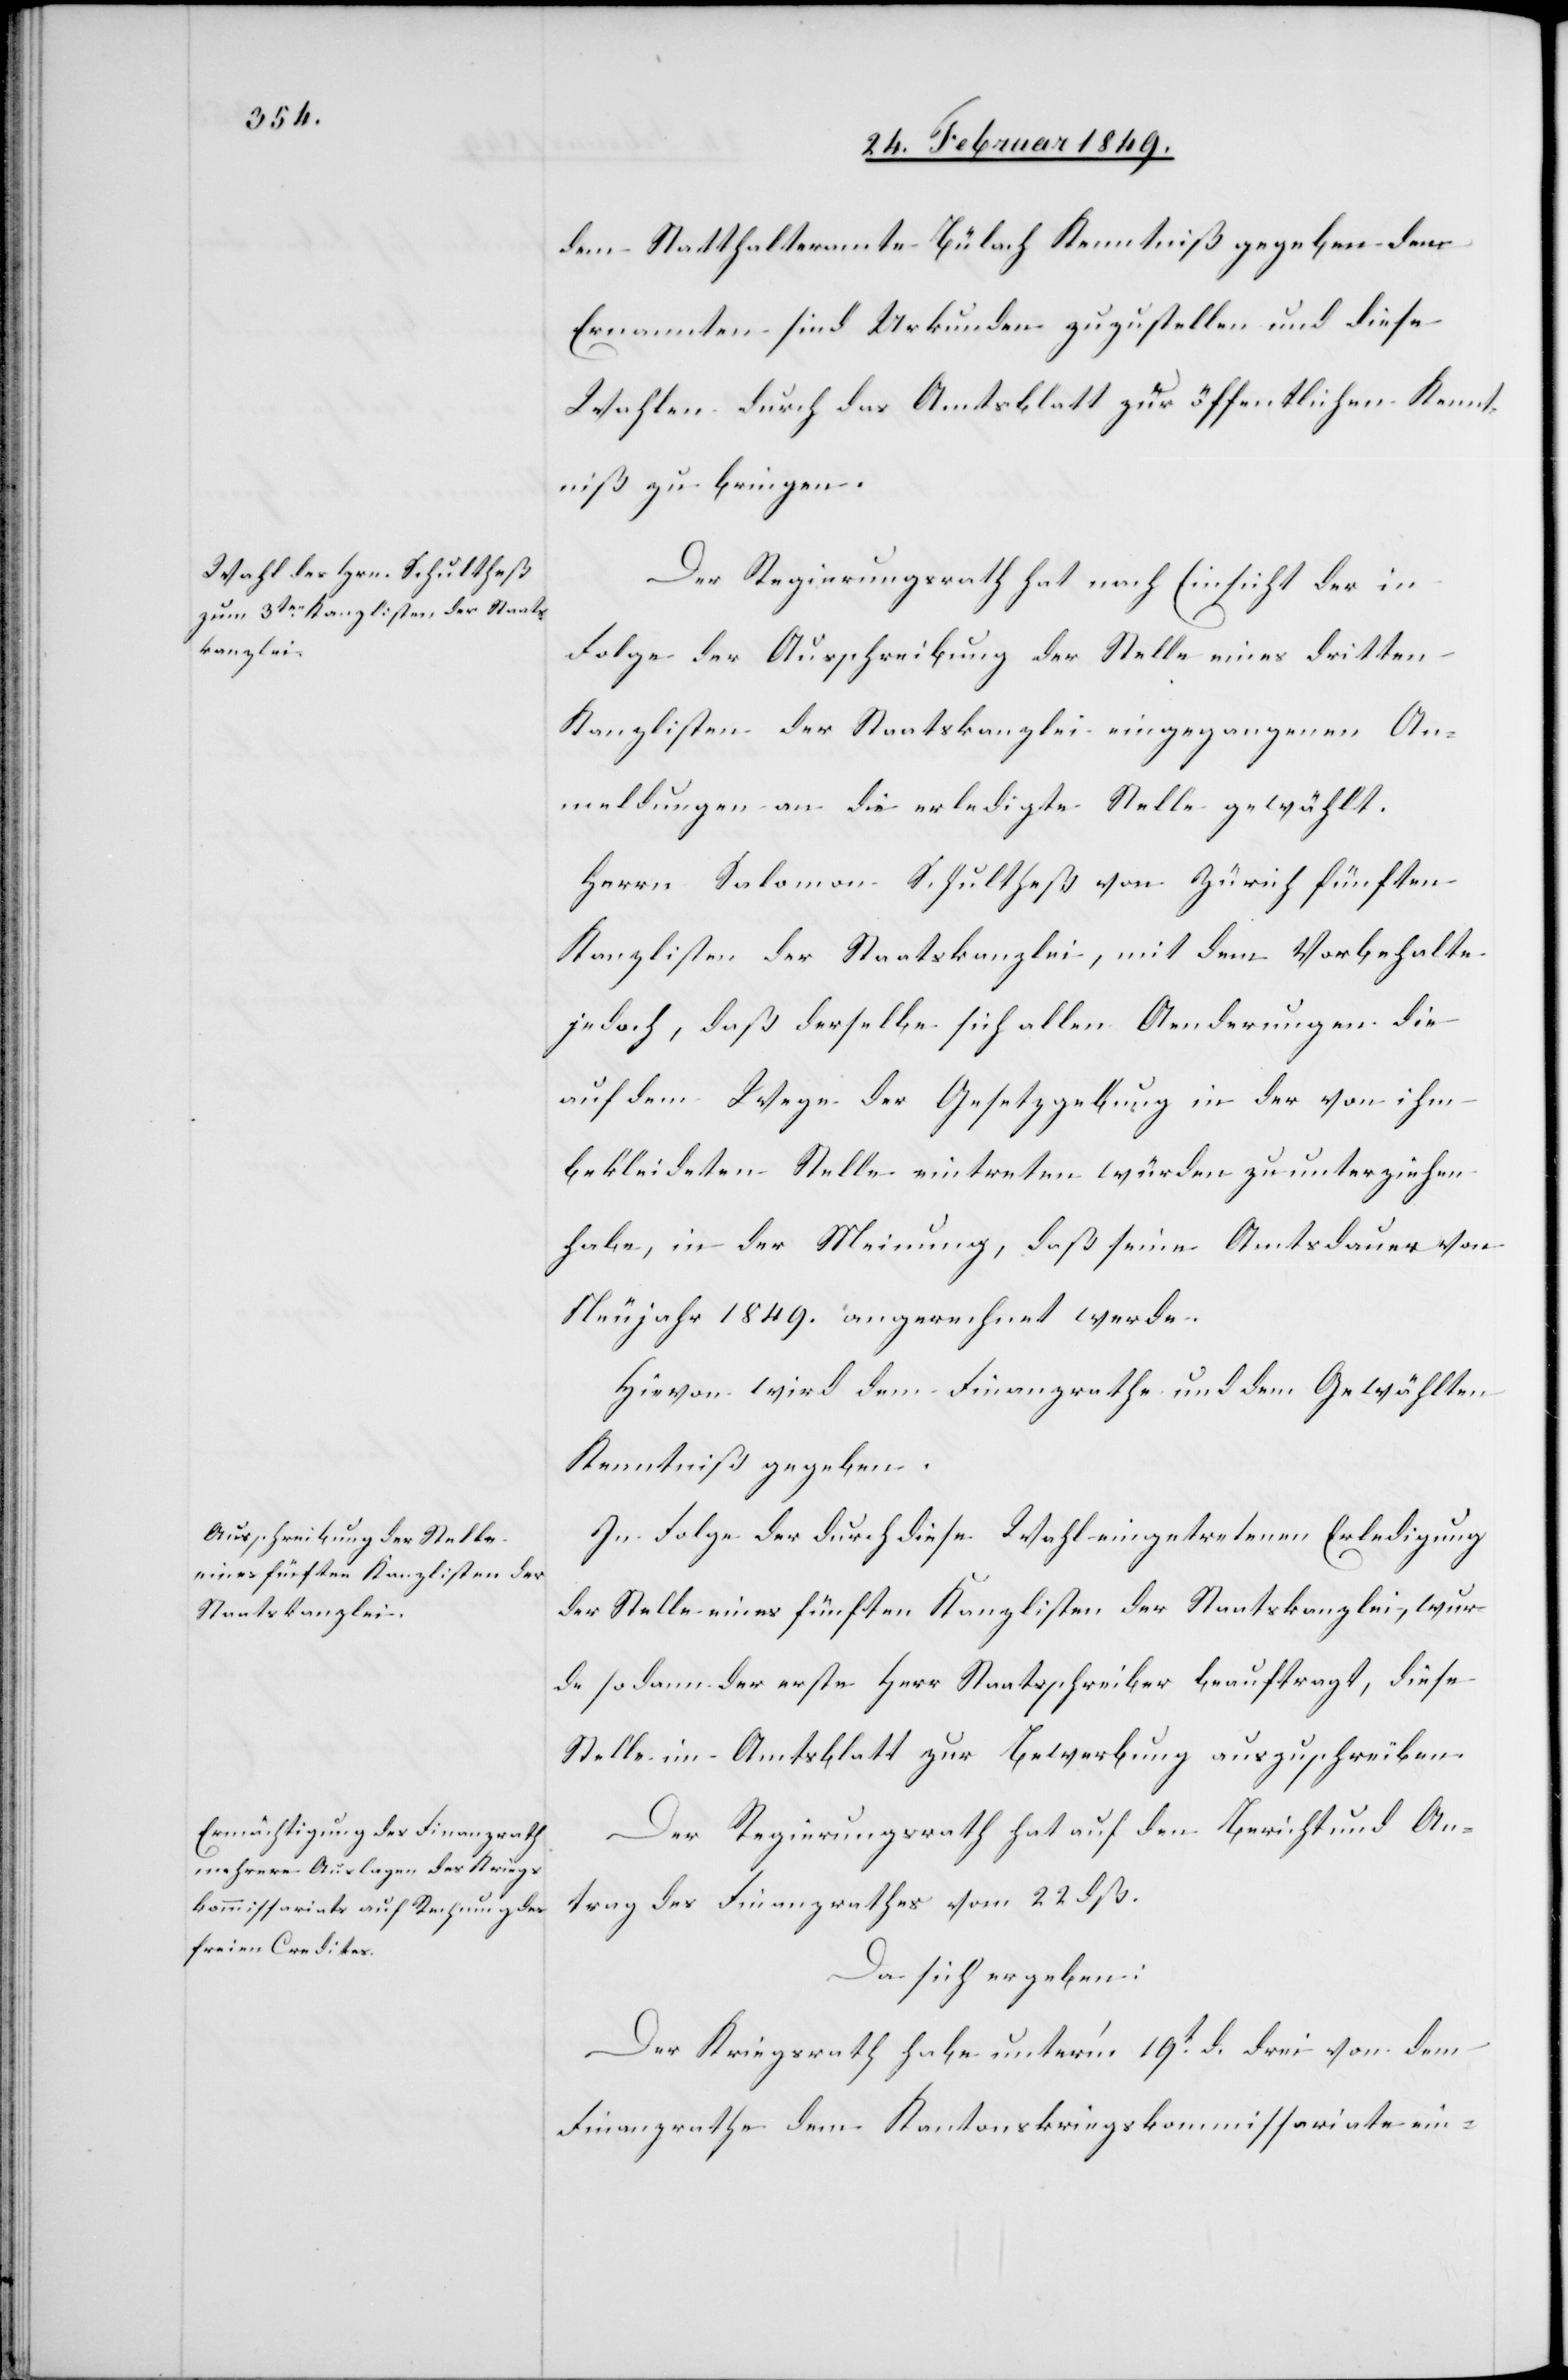
dem Statthalteramte Bülach Kenntniß gegeben dem
Ernannten sind Urkunden zuzustellen und diese
Wahlen durch das Amtsblatt zur öffentlichen Kennt¬
niß zu bringen.
Der Regierungsrath hat nach Einsicht der in
Folge der Ausschreibung der Stelle eines dritten
Kanzlisten der Staatskanzlei eingegangenen An¬
meldungen an die erledigte Stelle gewählt.
Herrn Salomon Schultheß von Zürich fünften
Kanzlisten der Staatskanzlei, mit dem Vorbehalte
jedoch, daß derselbe sich allen Aenderungen die
auf dem Wege der Gesetzgebung in der von ihm
bekleideten Stelle eintreten würden zu unterziehen
habe, in der Meinung, daß seine Amtsdauer von
Neujahr 1849. angerechnet werde.
Hievon wird dem Finanzrathe und dem Gewählten
Kenntniß gegeben.
In Folge der durch diese Wahl eingetretenen Erledigung
der Stelle eines fünften Kanzlisten der Staatskanzlei, wur¬
de sodann der erste Herr Staatsschreiber beauftragt, diese
Stelle im Amtsblatt zur Bewerbung auszuschreiben.
Der Regierungsrath hat auf den Bericht und An¬
trag des Finanzrathes vom 22 dß.
Da sich ergeben:
Der Kriegsrath habe unter’m 19t. d. drei von dem
Finanzrathe dem Kantonskriegskommissariate ein-